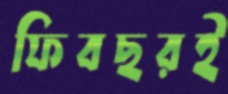
ফিবছরই